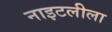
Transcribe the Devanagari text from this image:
नाइटलीला